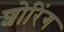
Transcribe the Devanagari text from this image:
शोरिंग